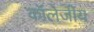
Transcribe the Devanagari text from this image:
कॉलेजीय